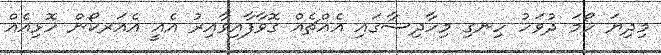
މިދިޔަ ހޯމަ ދުވަހު ހިނގި މިހާދިސާގައި އެއްޗެއް ގޮވާފާއިވާއިރު އެއީ އެއަރކޯން ހޮޅިއެއް